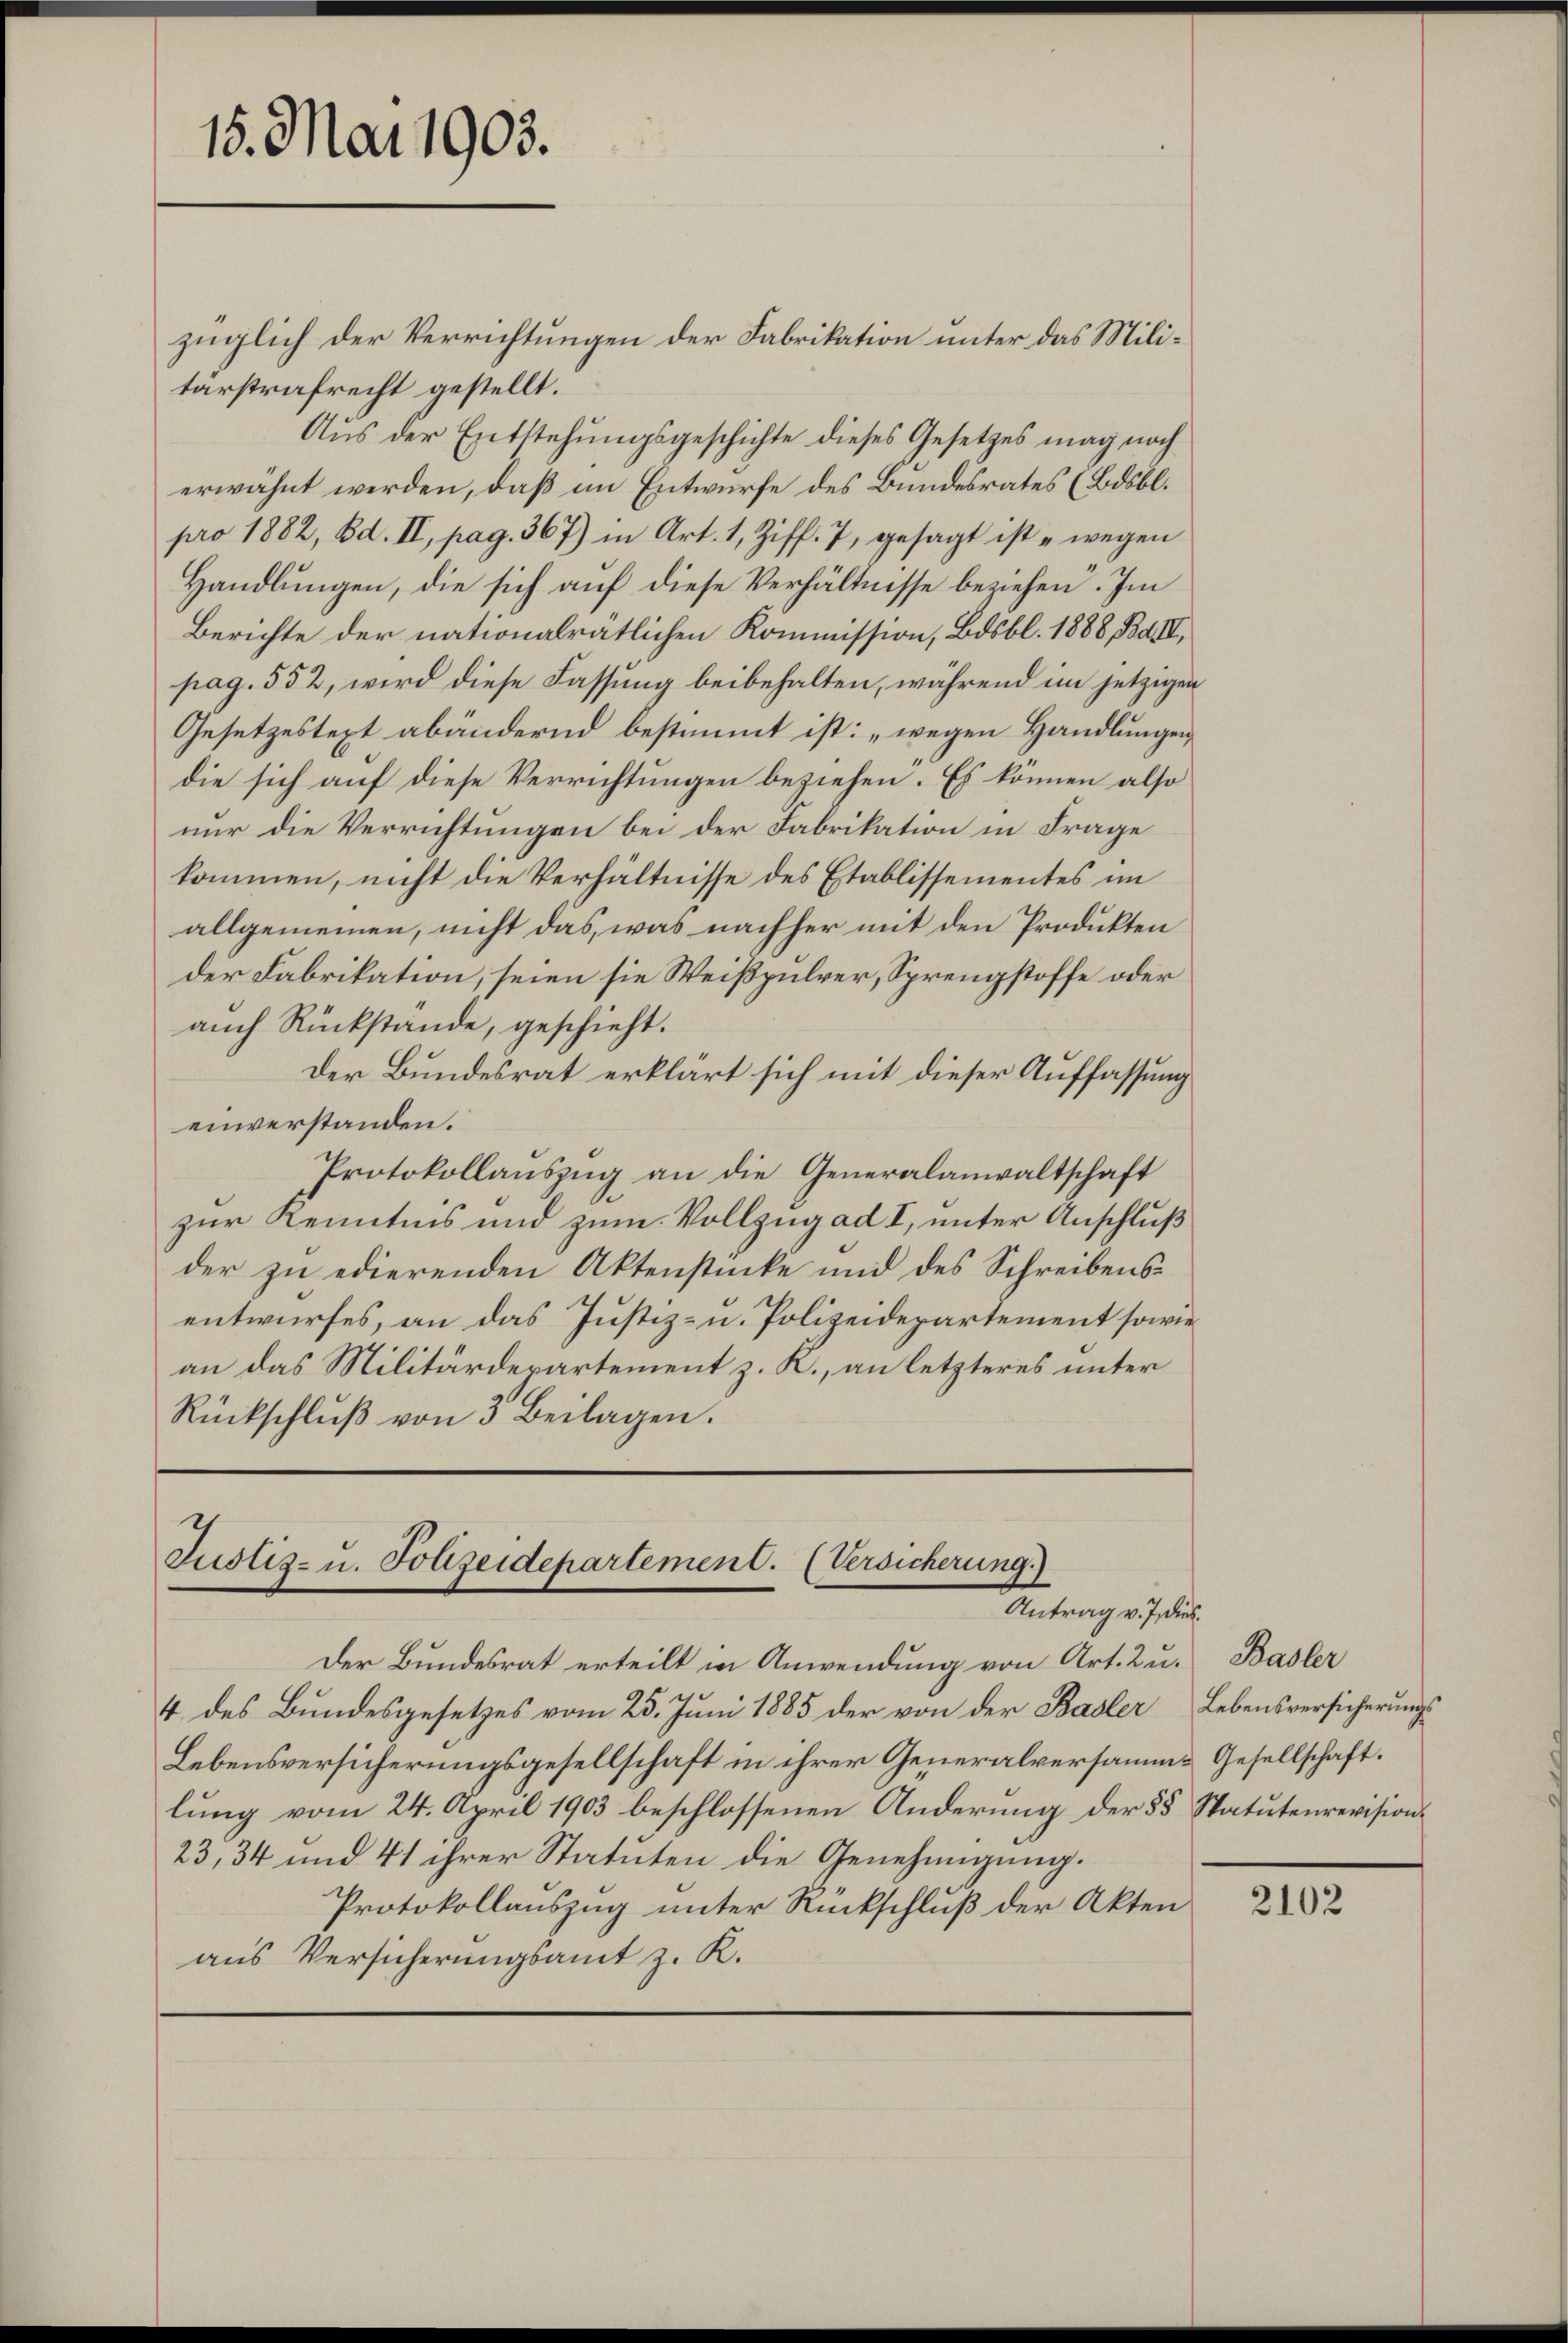
15. Mai 1903.

tärstrafrecht gestellt.
Aus der Entstehungsgeschichte dieses Gesetzes mag noch
erwähnt werden, daß im Entwurfe des Bundesrates (Bdsbl.
pro 1882, Bd. II, pag. 367) in Art. 1, Ziff. 7, gesagt ist „wegen
Handlungen, die sich auf diese Verhältnisse beziehen. Im
Berichte der nationalrätlichen Kommission, Bdsbl. 1888, Bd. IV,
pag. 552, wird diese Fassung beibehalten, während im jetzigen
Gesetzestext abändernd bestimmt ist: „wegen Handlungen
die sich auf diese Verrichtungen beziehen. Es können also
nur die Verrichtungen bei der Fabrikation in Frage
kommen, nicht die Verhältnisse des Etablissementes im
allgemeinen, nicht das, was nachher mit den Produkten
der Fabrikation, seien sie Weißpulver, Sprengstoffe oder
auch Rückstände, geschieht.
Der Bundesrat erklärt sich mit dieser Auffassung
einverstanden.
Protokollauszug an die Generalanwaltschaft
zur Kenntnis und zum Vollzug ad I, unter Anschluß
der zu edierenden Aktenstücke und des Schreibensentwurfes, an das Justiz- u. Polizeidepartement sowie
an das Militärderartement z. K., an letzteres unter
Rückschluß von 3 Beilagen.

züglich der Verrichtungen der Fabrikation unter das Mili¬

Justiz- u. Polizeidepartement. (Versicherung)
Antrag v. J. die

4 des Bundesgesetzes vom 25. Juni 1885 der von der Basler Lebensversicherungs¬
Lebensversicherungsgesellschaft in ihrer Generalversamme Gesellschaft.
lung vom 24. April 1903 beschlossenen Änderung der § 8 Statutenrevision¬
23, 34 und 41 ihrer Statuten die Genehmigung.
Protokollauszug unter Rückschluß der Akten
aus Versicherungsamt z. R.

Der Bundesrat erteilt in Anwendung von Art. 2 u. Basler

2102